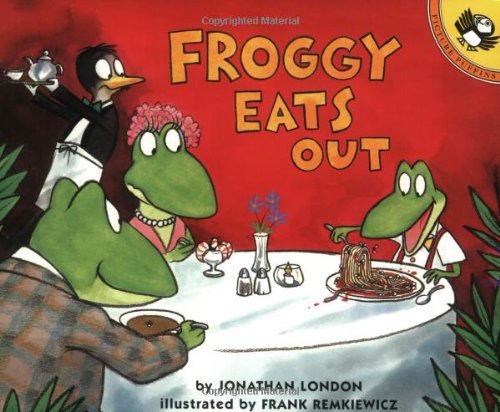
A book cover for Froggy Eats Out; Jonathan London; Children's Books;